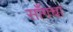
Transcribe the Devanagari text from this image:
साँगचा